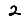
Digit: 2